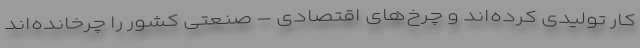
کار تولیدی کرده‌اند و چرخ‌های اقتصادی – صنعتی کشور را چرخانده‌اند